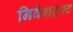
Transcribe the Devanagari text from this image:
निवेशट्रस्ट